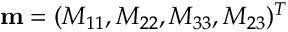
\mathbf { m } = ( M _ { 1 1 } , M _ { 2 2 } , M _ { 3 3 } , M _ { 2 3 } ) ^ { T }